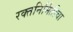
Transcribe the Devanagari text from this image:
रक्तनिर्मितीचा